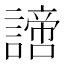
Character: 𧬍